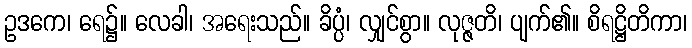
ဥဒကေ၊ ရေ၌။ လေခါ၊ အရေးသည်။ ခိပ္ပံ၊ လျှင်စွာ။ လုဇ္ဇတိ၊ ပျက်၏။ စိရဋ္ဌိတိကာ၊